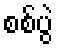
စစ်ပွဲ